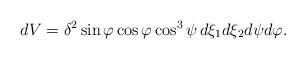
LaTeX: \begin{align*} dV = \delta^2\sin\varphi\cos\varphi\cos^3\psi\,d\xi_1d\xi_2 d\psi d\varphi.\end{align*}